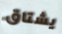
يشتاق